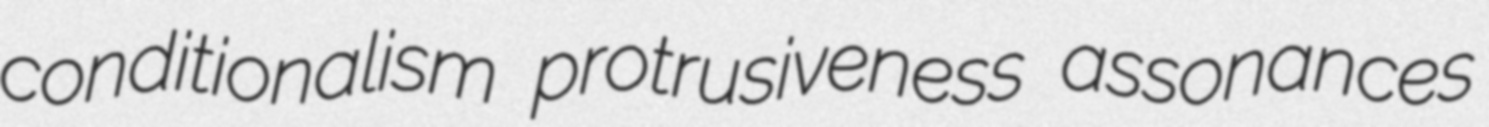
conditionalism protrusiveness assonances